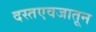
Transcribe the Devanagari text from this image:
दस्तएवजातून